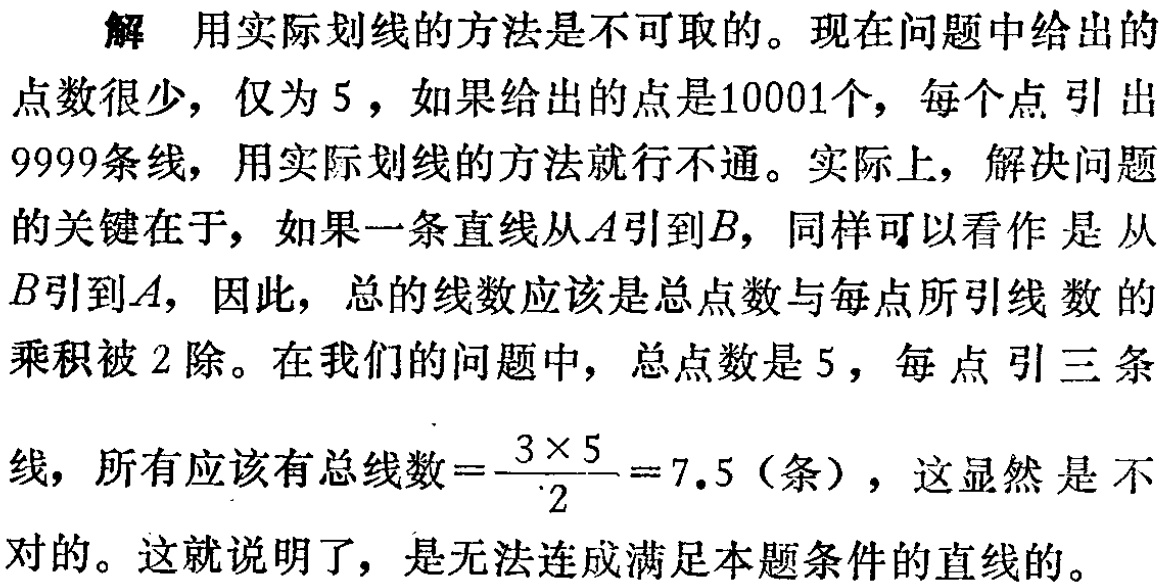
解 用实际划线的方法是不可取的。现在问题中给出的点数很少，仅为5，如果给出的点是10001个，每个点引出9999条线，用实际划线的方法就行不通。实际上，解决问题的关键在于，如果一条直线从\(A\)引到\(B\)，同样可以看作是从\(B\)引到\(A\)，因此，总的线数应该是总点数与每点所引线数的乘积被2除。在我们的问题中，总点数是5，每点引三条线，所有应该有总线数\(=\frac{3\times 5}{2}=7.5\)（条），这显然是不对的。这就说明了，是无法连成满足本题条件的直线的。